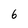
Character: 6